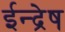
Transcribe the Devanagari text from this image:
ईन्द्रेष